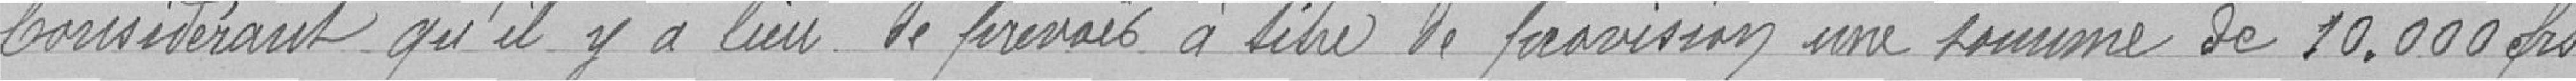
Considérant qu'il y a lieu de prévoir à titre de provision une somme de 10.000frs